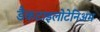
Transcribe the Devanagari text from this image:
डैकटाइलोटेनिअम